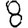
Digit: 8